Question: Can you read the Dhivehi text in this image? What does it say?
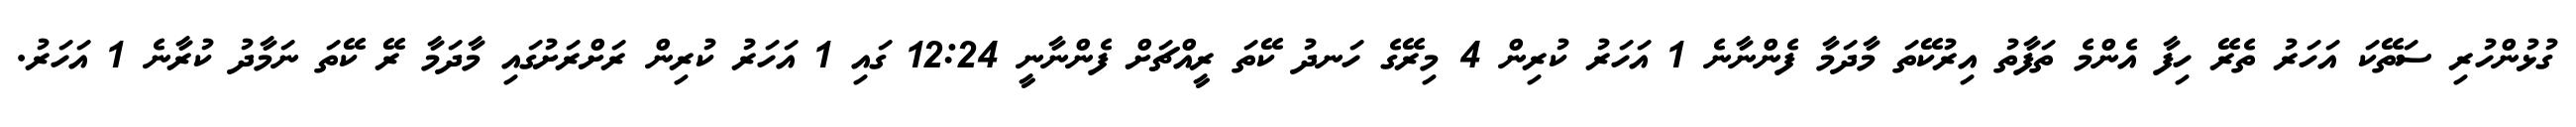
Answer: ގުޅުންހުރި ސަތޭކަ އަހަރު ތެރޭ ހިފާ އެންމެ ތަފާތު އިރުކޭތަ މާދަމާ ފެންނާނެ 1 އަހަރު ކުރިން 4 މިރޭގެ ހަނދު ކޭތަ ރީއްޗަށް ފެންނާނީ 12:24 ގައި 1 އަހަރު ކުރިން ރަށްރަށުގައި މާދަމާ ރޭ ކޭތަ ނަމާދު ކުރާނެ 1 އަހަރު.